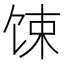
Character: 𫗧